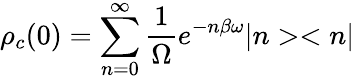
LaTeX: \rho_{c}(0)=\sum_{n=0}^{\infty}\frac{1}{\Omega}e^{-n\beta\omega}|n><n|